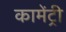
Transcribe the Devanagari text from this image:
कामेंट्री